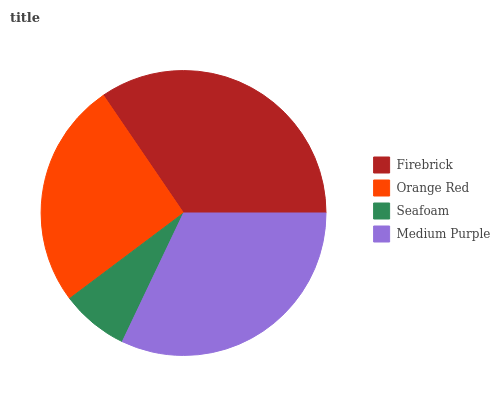
| Firebrick | Orange Red | Seafoam | Medium Purple |
 | --- | --- | --- | --- |
 | 34.5% | 25.8% | 7.69% | 32% |